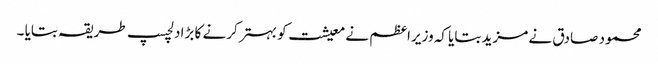
محمود صادق نے مزید بتایا کہ وزیراعظم نے معیشت کو بہتر کرنے کا بڑا دلچسپ طریقہ بتایا ۔